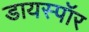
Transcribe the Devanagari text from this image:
डायस्पॉर